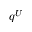
q ^ { U }